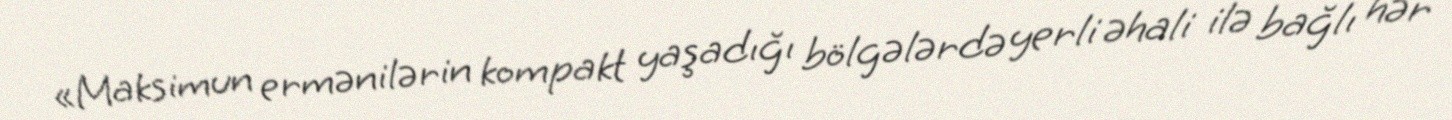
«Maksimun ermənilərin kompakt yaşadığı bölgələrdə yerli əhali ilə bağlı hər